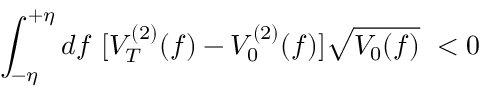
\int _ { - \eta } ^ { + \eta } d f ~ [ V _ { T } ^ { ( 2 ) } ( f ) - V _ { 0 } ^ { ( 2 ) } ( f ) ] \sqrt { V _ { 0 } ( f ) } ~ < 0